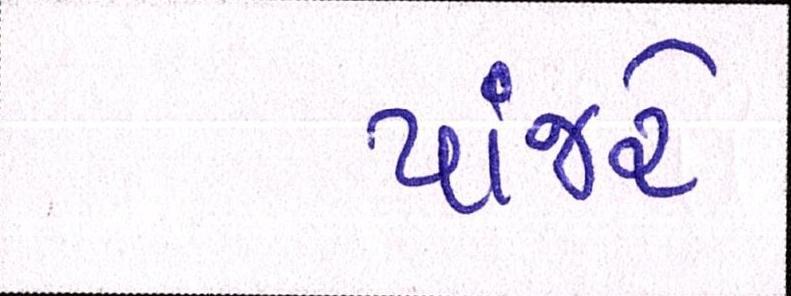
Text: પાંજરે